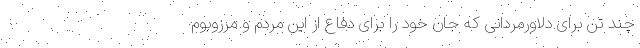
چند تن برای دلاورمردانی که جان خود را برای دفاع از این مردم و مرزوبوم